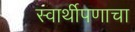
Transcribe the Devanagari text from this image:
स्वार्थीपणाचा